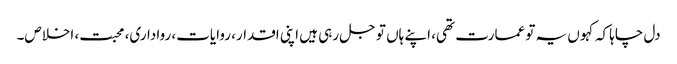
دل چاہا کہ کہو ں یہ تو عمارت تھی، اپنے ہاں تو جل رہی ہیں اپنی اقدار، روایات، رواداری، محبت، اخلاص۔